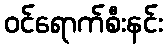
ဝင်ရောက်စီးနင်း